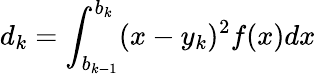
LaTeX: d_{k}=\int_{b_{k-1}}^{b_{k}}(x-y_{k})^{2}f(x)dx